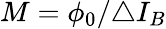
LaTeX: M=\phi_{0}/\triangle I_{B}